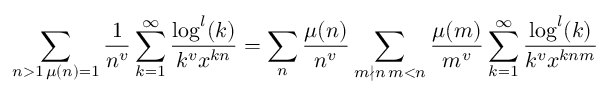
\sum _ { \substack { n > 1 \, \mu ( n ) = 1 } } \frac { 1 } { n ^ { v } } \sum _ { k = 1 } ^ { \infty } \frac { \log ^ { l } ( k ) } { k ^ { v } x ^ { k n } } = \sum _ { n } \frac { \mu ( n ) } { n ^ { v } } \sum _ { \substack { m \nmid n \, m < n } } \frac { \mu ( m ) } { m ^ { v } } \sum _ { k = 1 } ^ { \infty } \frac { \log ^ { l } ( k ) } { k ^ { v } x ^ { k n m } }